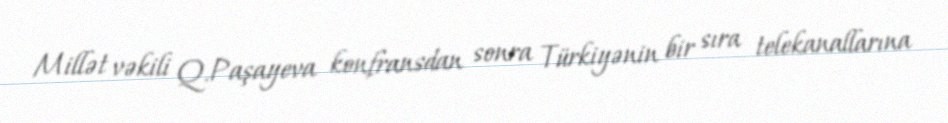
Millət vəkili Q.Paşayeva konfransdan sonra Türkiyənin bir sıra telekanallarına